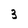
Character: 3